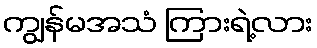
ကျွန်မအသံ ကြားရဲ့လား